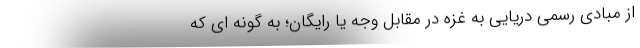
از مبادی رسمی دریایی به غزه در مقابل وجه یا رایگان؛ به گونه ای که